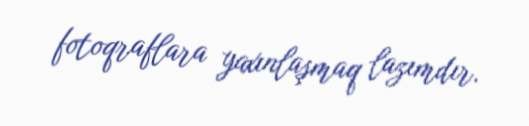
fotoqraflara yaxınlaşmaq lazımdır.